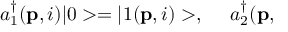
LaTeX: a _ { 1 } ^ { \dagger } ( { \bf p } , i ) | 0 > = | 1 ( { \bf p } , i ) > , \ \ \ \ a _ { 2 } ^ { \dagger } ( { \bf p , }